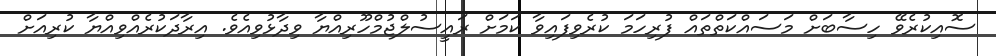
ސޮއިކުރެވޭ ހިސާބަށް މަސައްކަތްތައް ފުރިހަމަ ކުރެވިފައިވާ ކަމަށް ރައީސުލްޖުމްހޫރިއްޔާ ވިދާޅުވިއެވެ. އިރާދަކުރެއްވިއްޔާ ކުރިއަށް